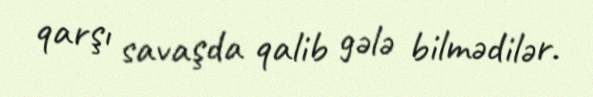
qarşı savaşda qalib gələ bilmədilər.